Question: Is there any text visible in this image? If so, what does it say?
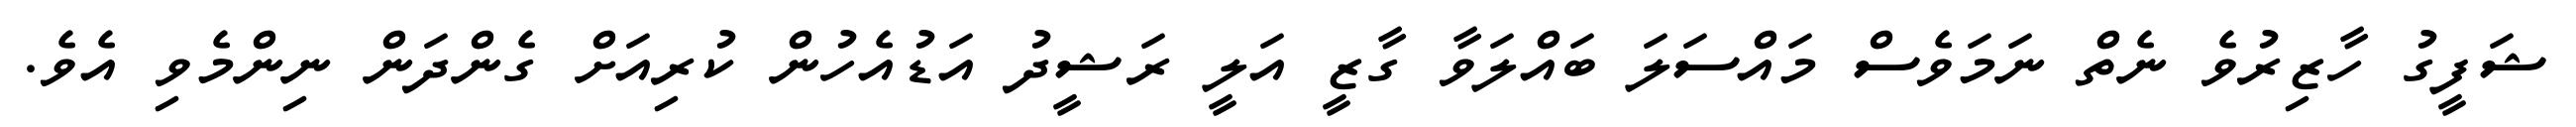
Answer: ޝަފީގު ހާޒިރުވެ ނެތް ނަމަވެސް މައްސަލަ ބައްލަވާ ގާޒީ އަލީ ރަޝީދު އަޑުއެހުން ކުރިއަށް ގެންދަން ނިންމެވި އެވެ.